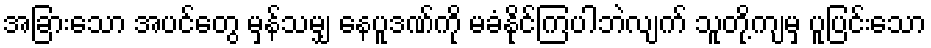
အခြားသော အပင်တွေ မှန်သမျှ နေပူဒဏ်ကို မခံနိုင်ကြပါဘဲလျက် သူတို့ကျမှ ပူပြင်းသော